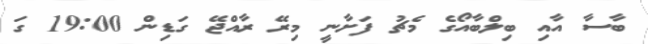
ބާސާ އާއި ބިލްބާއޯގެ މެޗު ފަށާނީ މިރޭ ރާއްޖޭ ގަޑިން 19:00 ގަ